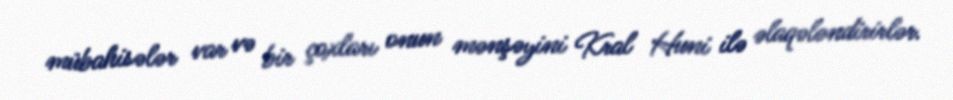
mübahisələr var və bir çoxları onun mənşəyini Kral Huni ilə əlaqələndirirlər.